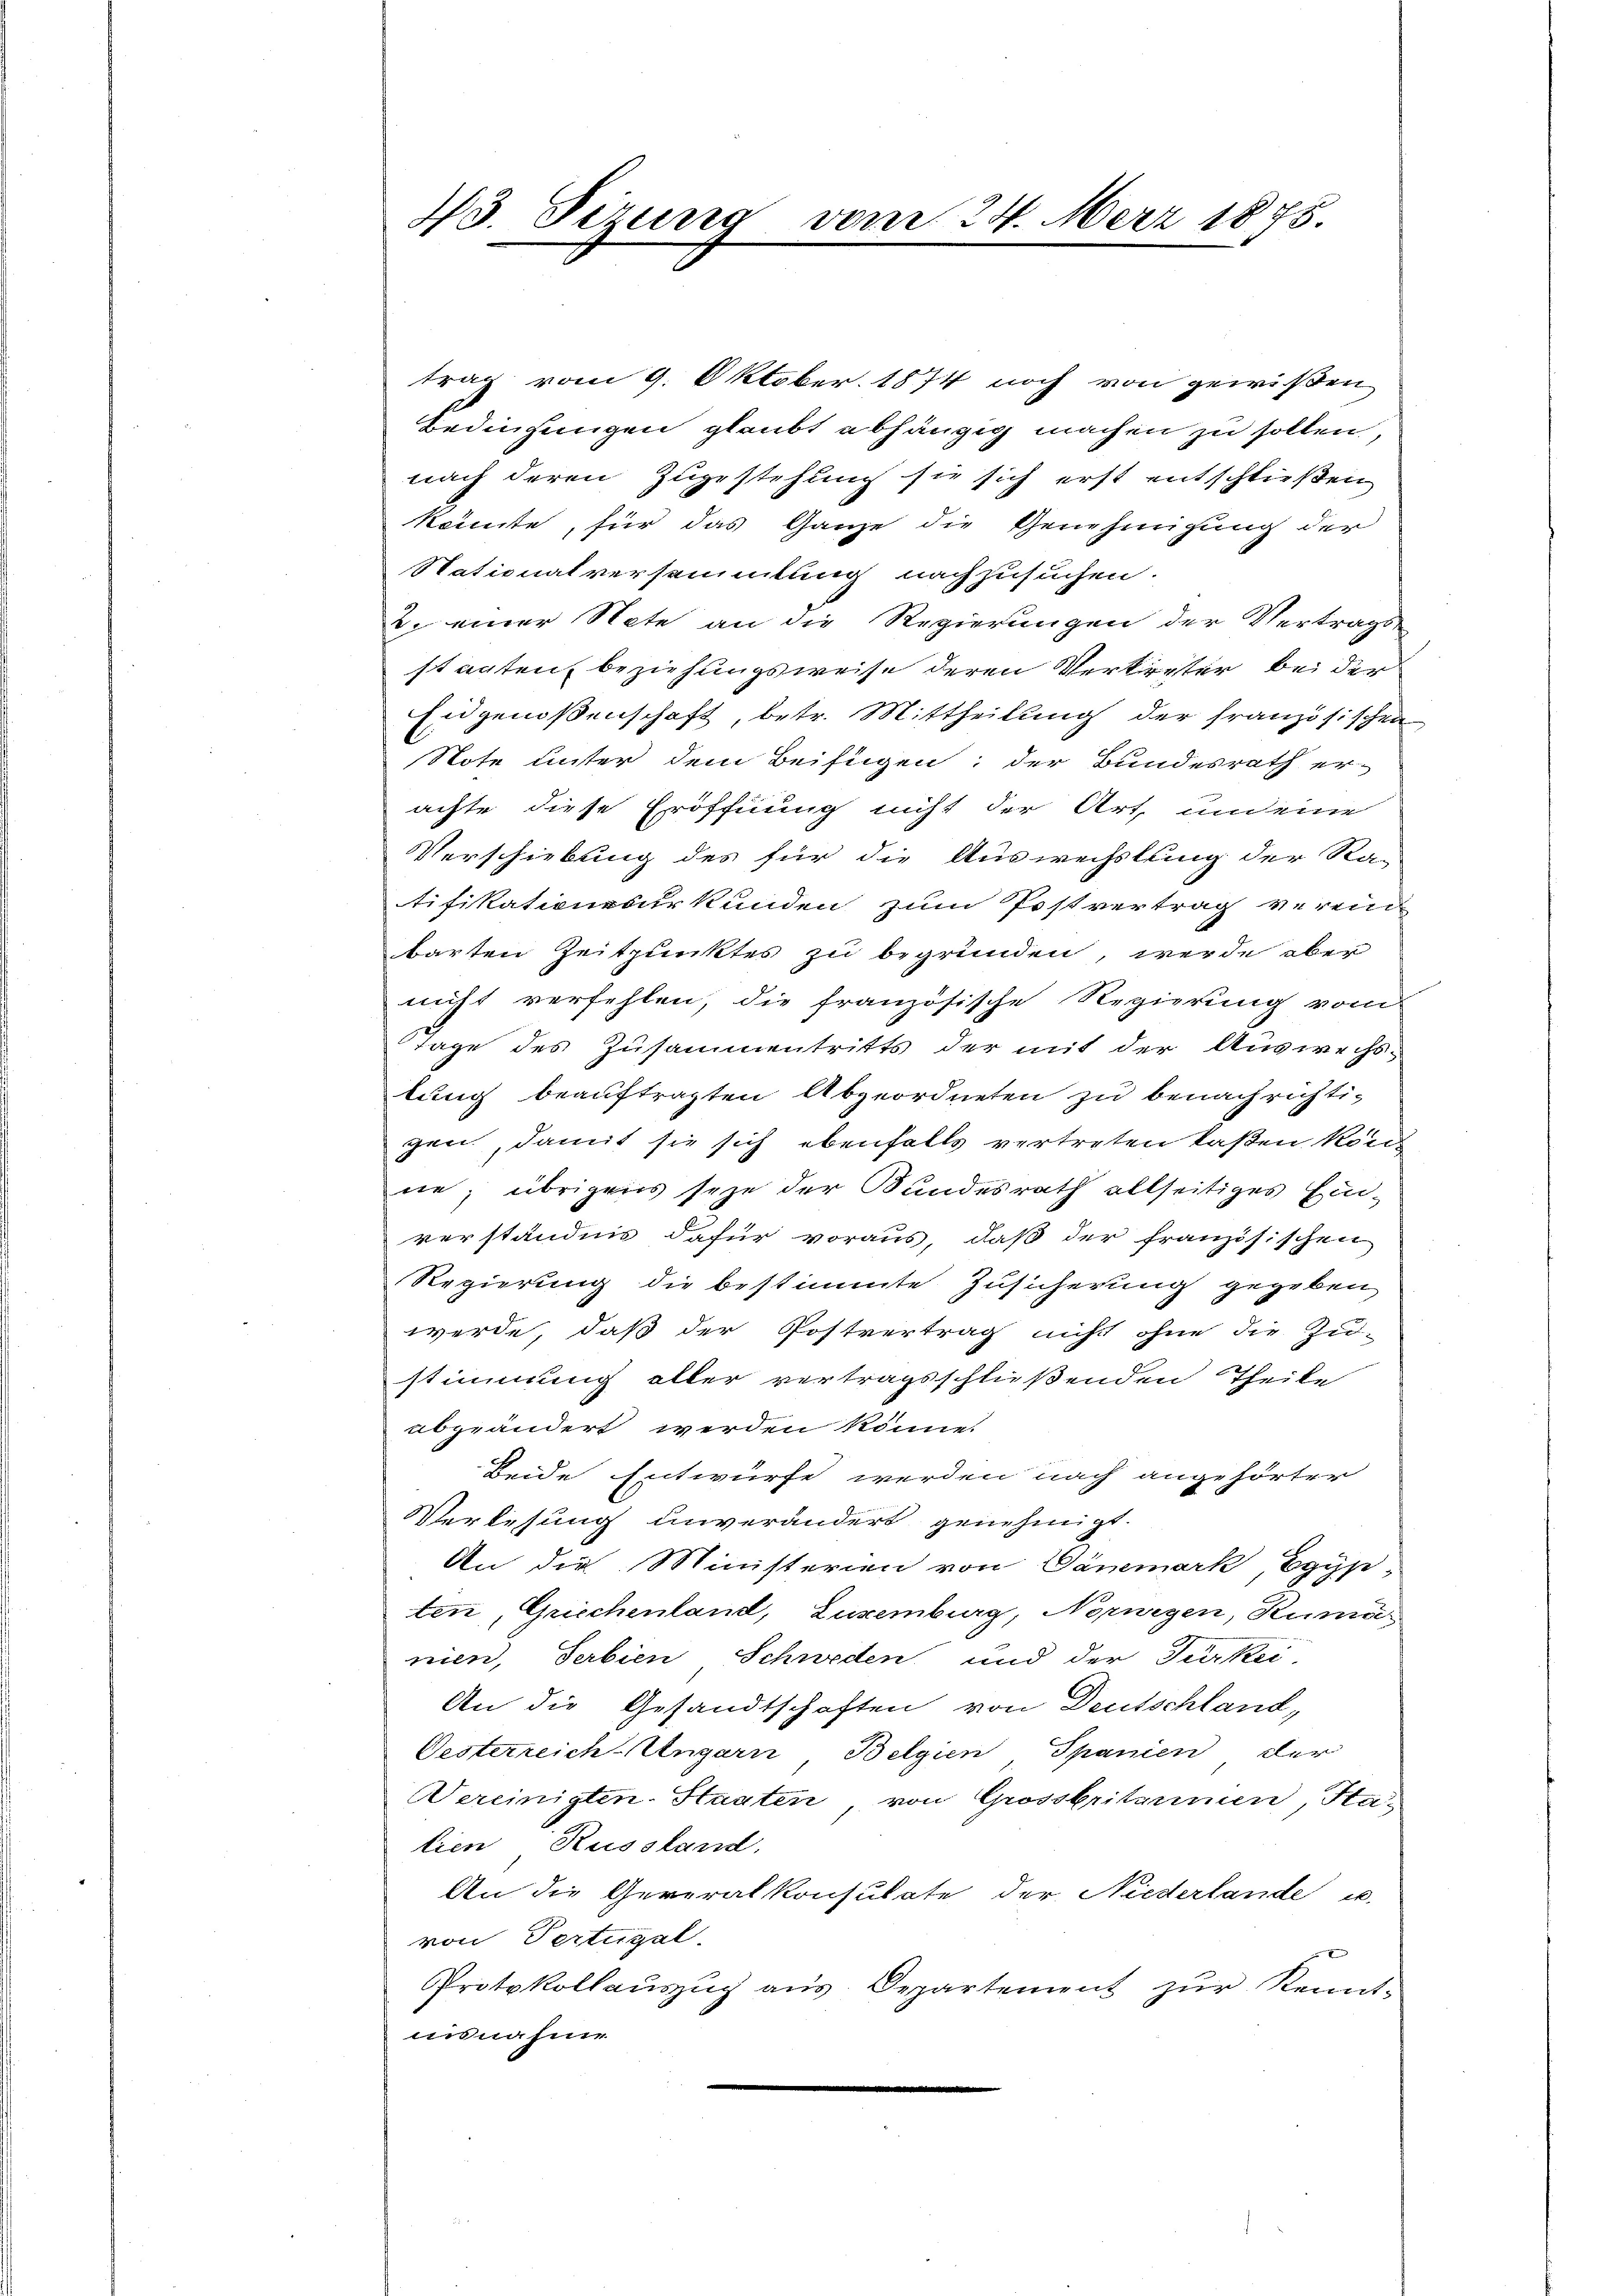
13. Ferung vom 24. März 1875.

trag vom 9. Oktober. 1874 noch von gewißen
Bedingungen glaubt abhängig machen zu sollen,
nach deren Zugestehung sie sich erst entschließen
könnte, für das Ganze die Genehmigung der
Stationalversammlung nachzusuchen.
2. einer Note an die Regierungen der Vertrags
staaten beziehungsweise deren Verkerter bei der
Eidgenoßenschaft, betr. Mittheilung der französischen
Note unter dem Beifügen; der Bundesrath er-
achte diese Eröffnung nicht der Art, und eine
Verschiebung des für die Auswechslung der Ra-
tifikationsurkunden zum Postvertrag verein
barten Zeitpunktes zu begründen, werde aber
nicht verfehlen, die französische Regierung vom
Tage des Zusammentritts der mit der Auswechs-
tung beauftragten Abgeordneten zu benachrichti-
gen, damit sie sich ebenfalls vertreten laßen kön
ne; übrigens seye der Bundesrath allseitiges Ein-
verständnis dafür voraus, daß der französischen
Regierung die bestimmte Zusicherung gegeben
werde, daß der Postvertrag nicht ohne die Zu-
stimmung aller vertragsschließenden Theile
abgeändert werden könne.
Beide Entwürfe werden nach angehörter
Verlesung unverändert genehmigt.
An die Ministerien von Dänemark, Egyp
ten, Griechenland, Luxenburg, Norwegen, Rumar
nien, Serbien Schweden und der Türkei-
An die Gesandtschaften von Deutschland,
Oesterreich Ungarn, Belgien Spanien der
Vereinigten-Staaten von Grossbritannen, Stalien Russland.
An die Generalkonsulate der Niederlande u.
von Pertugal.
Protokollaŭszŭg aŭs. Departement zŭr Kennt-
insnahme